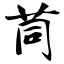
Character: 茼